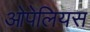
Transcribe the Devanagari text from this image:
ओपेलियस